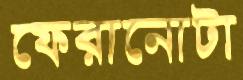
ফেরানোটা